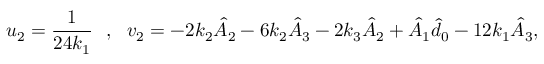
u _ { 2 } = \frac { 1 } { 2 4 k _ { 1 } } ~ ~ , ~ ~ v _ { 2 } = - 2 k _ { 2 } \hat { A } _ { 2 } - 6 k _ { 2 } \hat { A } _ { 3 } - 2 k _ { 3 } \hat { A } _ { 2 } + \hat { A } _ { 1 } \hat { d } _ { 0 } - 1 2 k _ { 1 } \hat { A } _ { 3 } ,